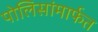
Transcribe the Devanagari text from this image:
पोलिसांमार्फत